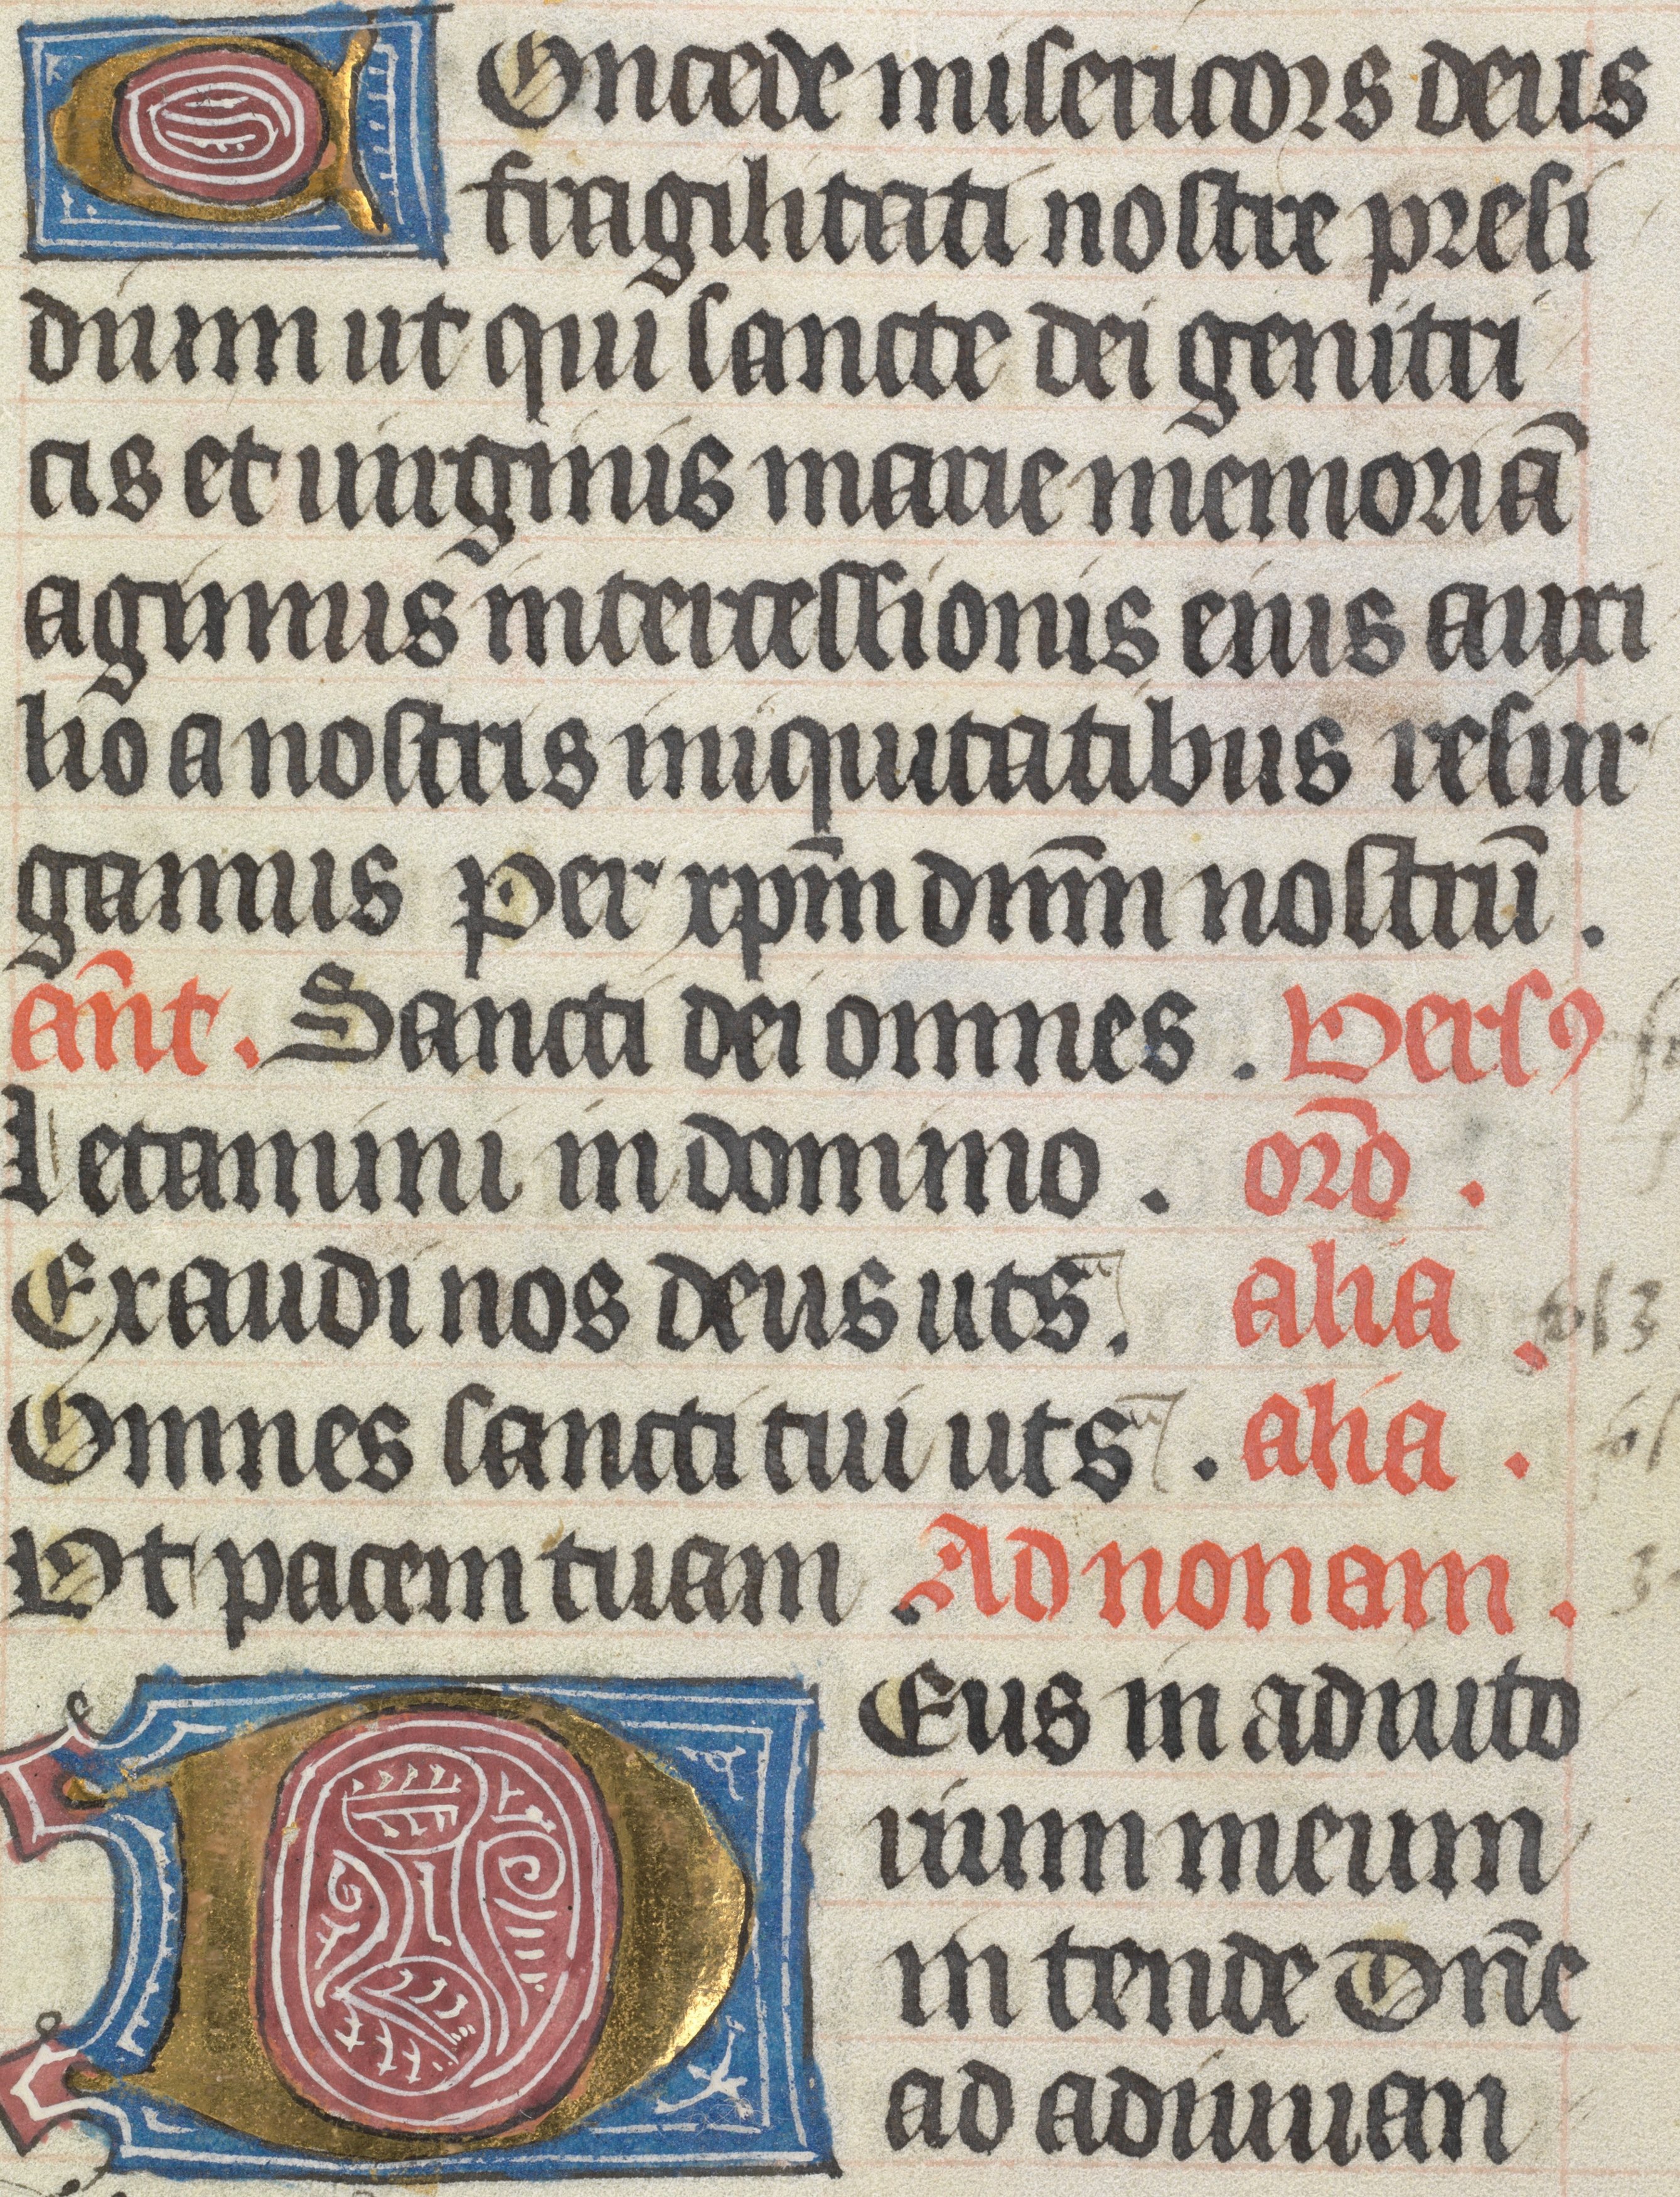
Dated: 1400–1499